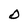
Character: O